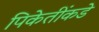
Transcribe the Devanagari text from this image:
पिकेतींकडे